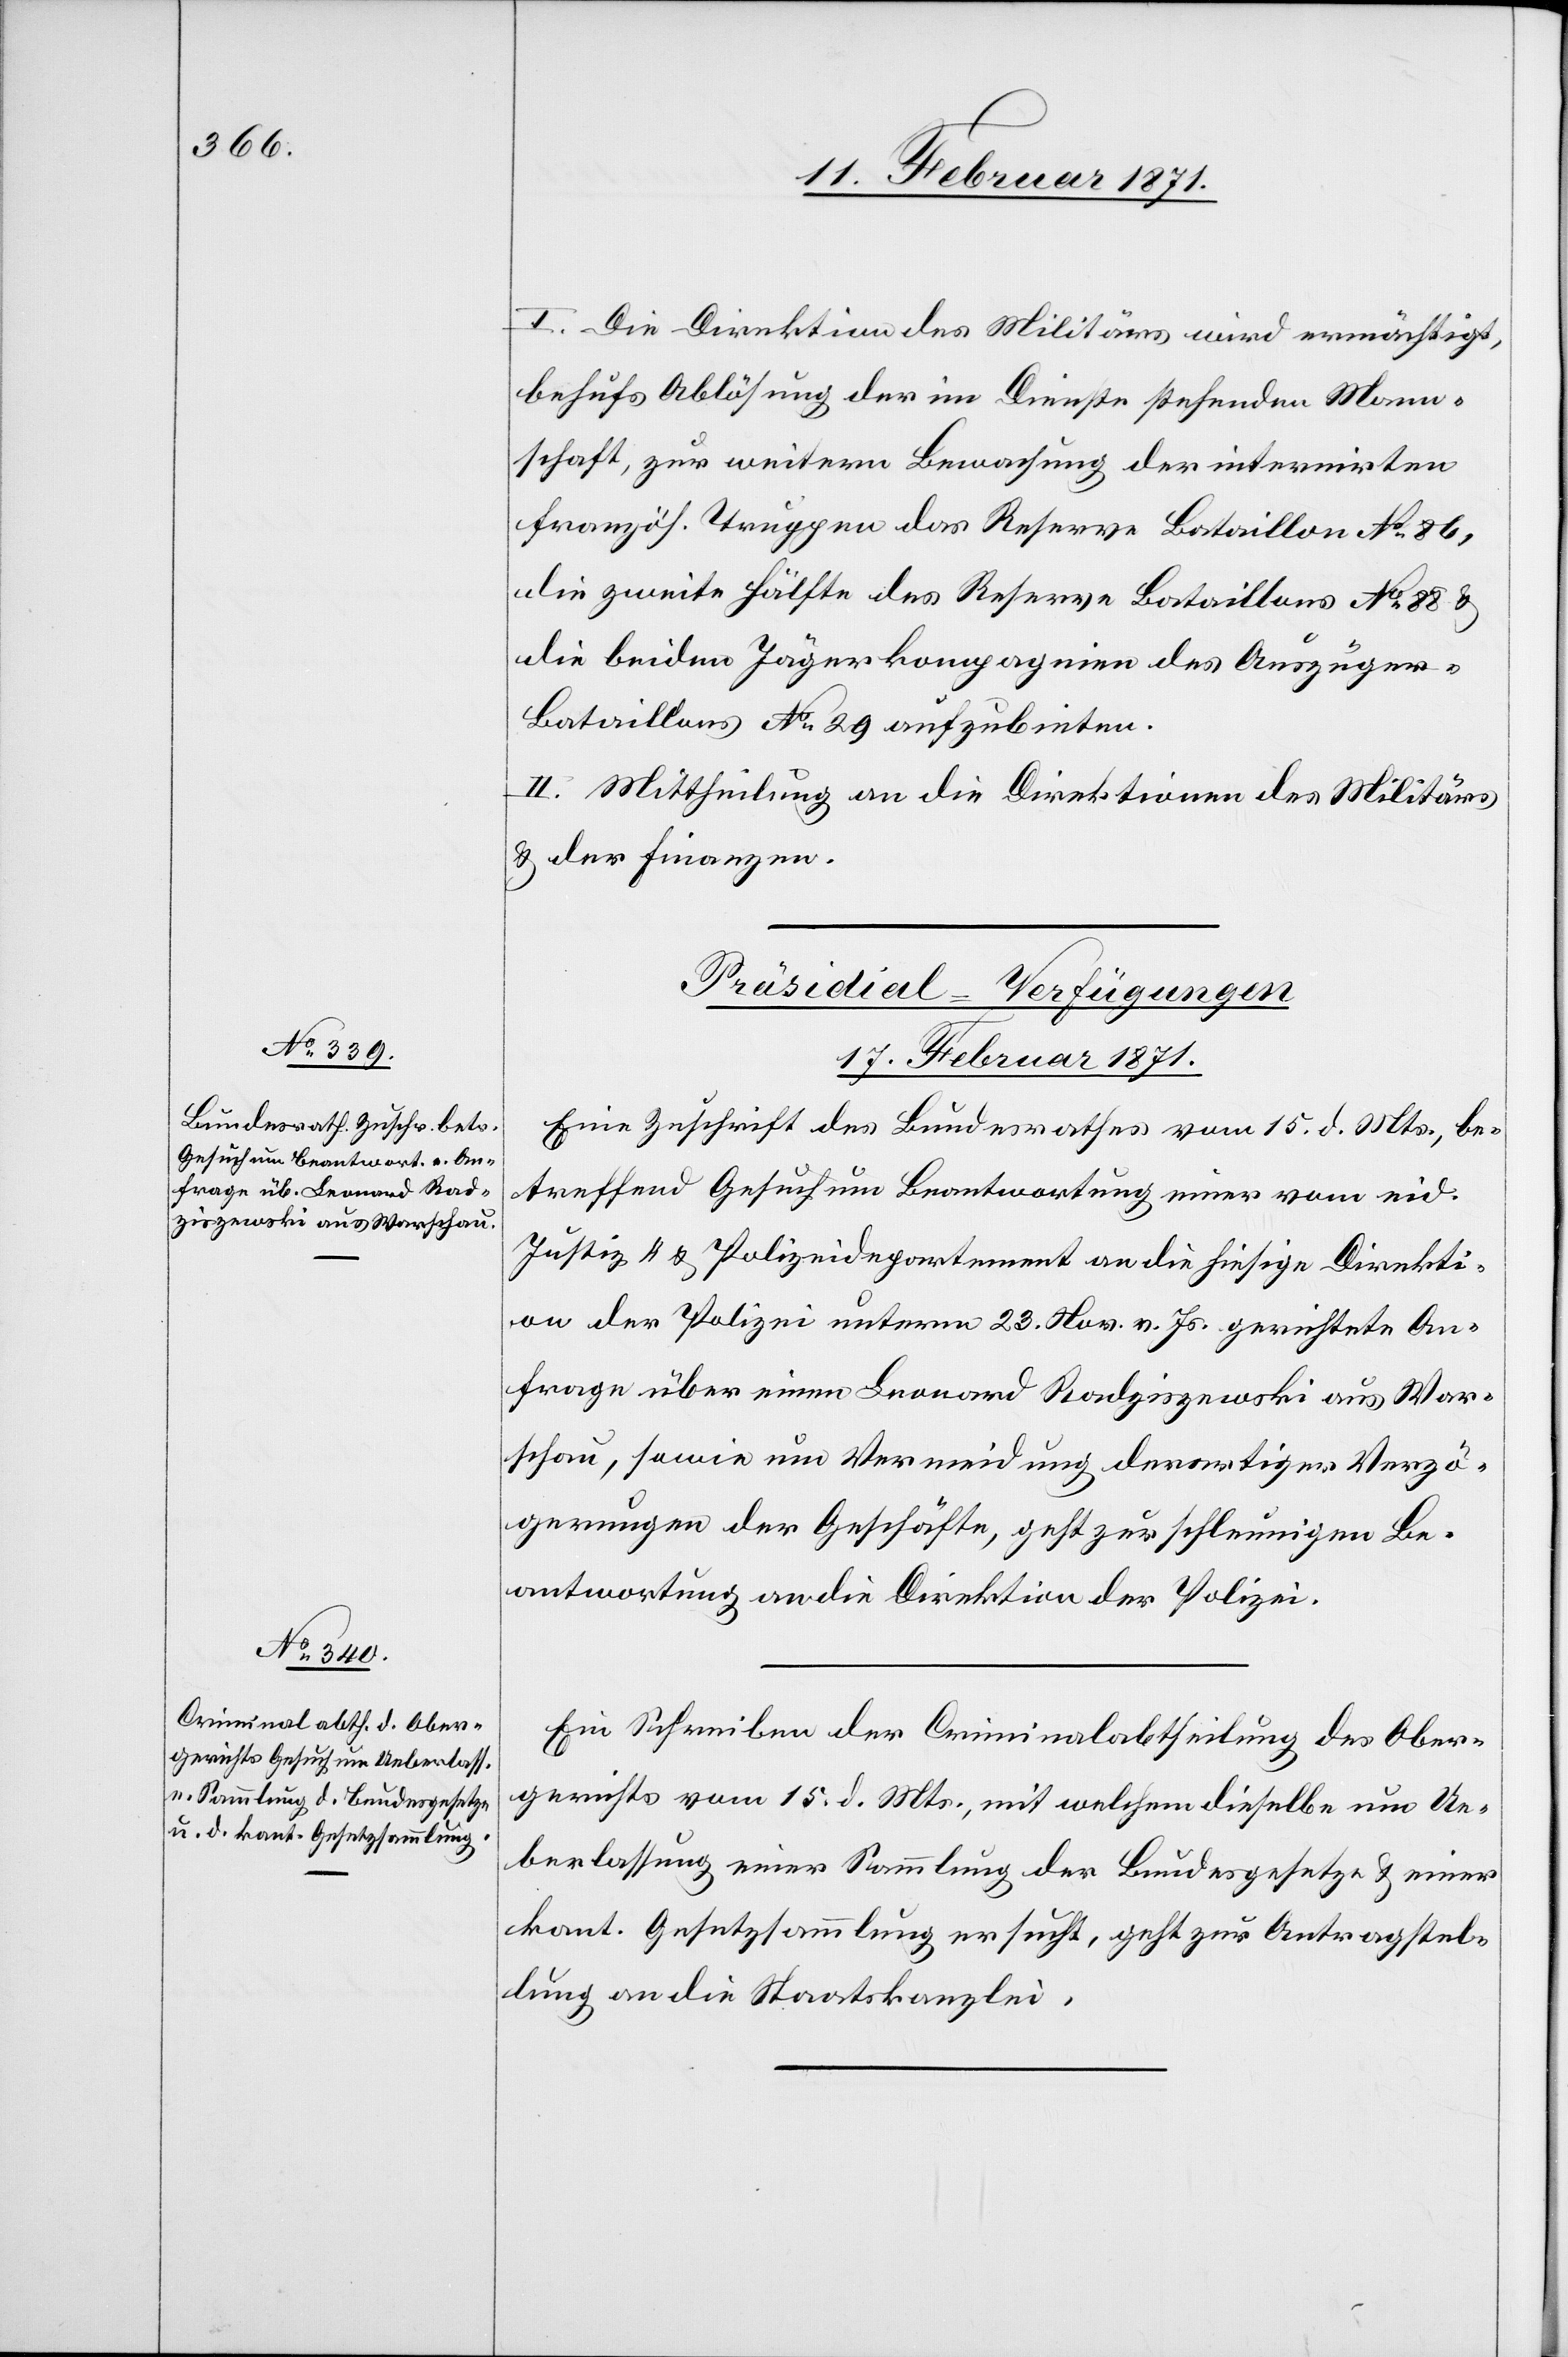
17. Februar 1871.]
I. Die Direktion des Militärs wird ermächtigt,
behufs Ablösung der im Dienste stehenden Mann¬
schaft, zur weitern Bewachung der internirten
[französischen] Truppen das Reserve Bataillon No. 86,
die zweite Hälfte des Reserve Bataillons No. 88 u.
die beiden Jägerkompagnien des Auszüge¬
r-Bataillons No. 29 aufzubieten.
II. Mittheilung an die Direktion des Militärs
u. der Finanzen.
[Präsidial-Verfügungen
17. Februar 1871.
Eine Zuschrift des Bundesrathes vom 15. d. Mts., be¬
treffend Gesuch um Beantwortung einer vom eid.
Justiz- u. Polizeidepartement an die hiesige Direkti¬
on der Polizei unterm 23. Nov. v. Js. gerichtete An¬
frage über einen Leonard Radziszewski aus War¬
schau, sowie um Vermeidung derartiger Verzö¬
gerungen der Geschäfte, geht zur schleunigen Be¬
antwortung an die Direktion der Polizei.
Ein Schreiben der Criminalabtheilung des Ober¬
gerichts vom 15. d. Mts., mit welchem dieselbe um Ue¬
berlassung einer Sammlung der Bundesgesetze u. einer
kant. Gesetzsammlung ersucht, geht zur Antragstel¬
lung an die Staatskanzlei.